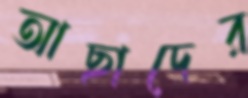
আছাদের